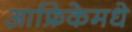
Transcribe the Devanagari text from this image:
आफ्रिकेमधे